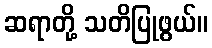
ဆရာတို့ သတိပြုဖွယ်။